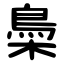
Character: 䲷